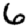
Digit: 6